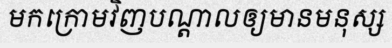
មកក្រោមវិញបណ្តាលឲ្យមានមនុស្ស